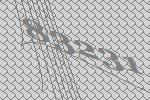
83231